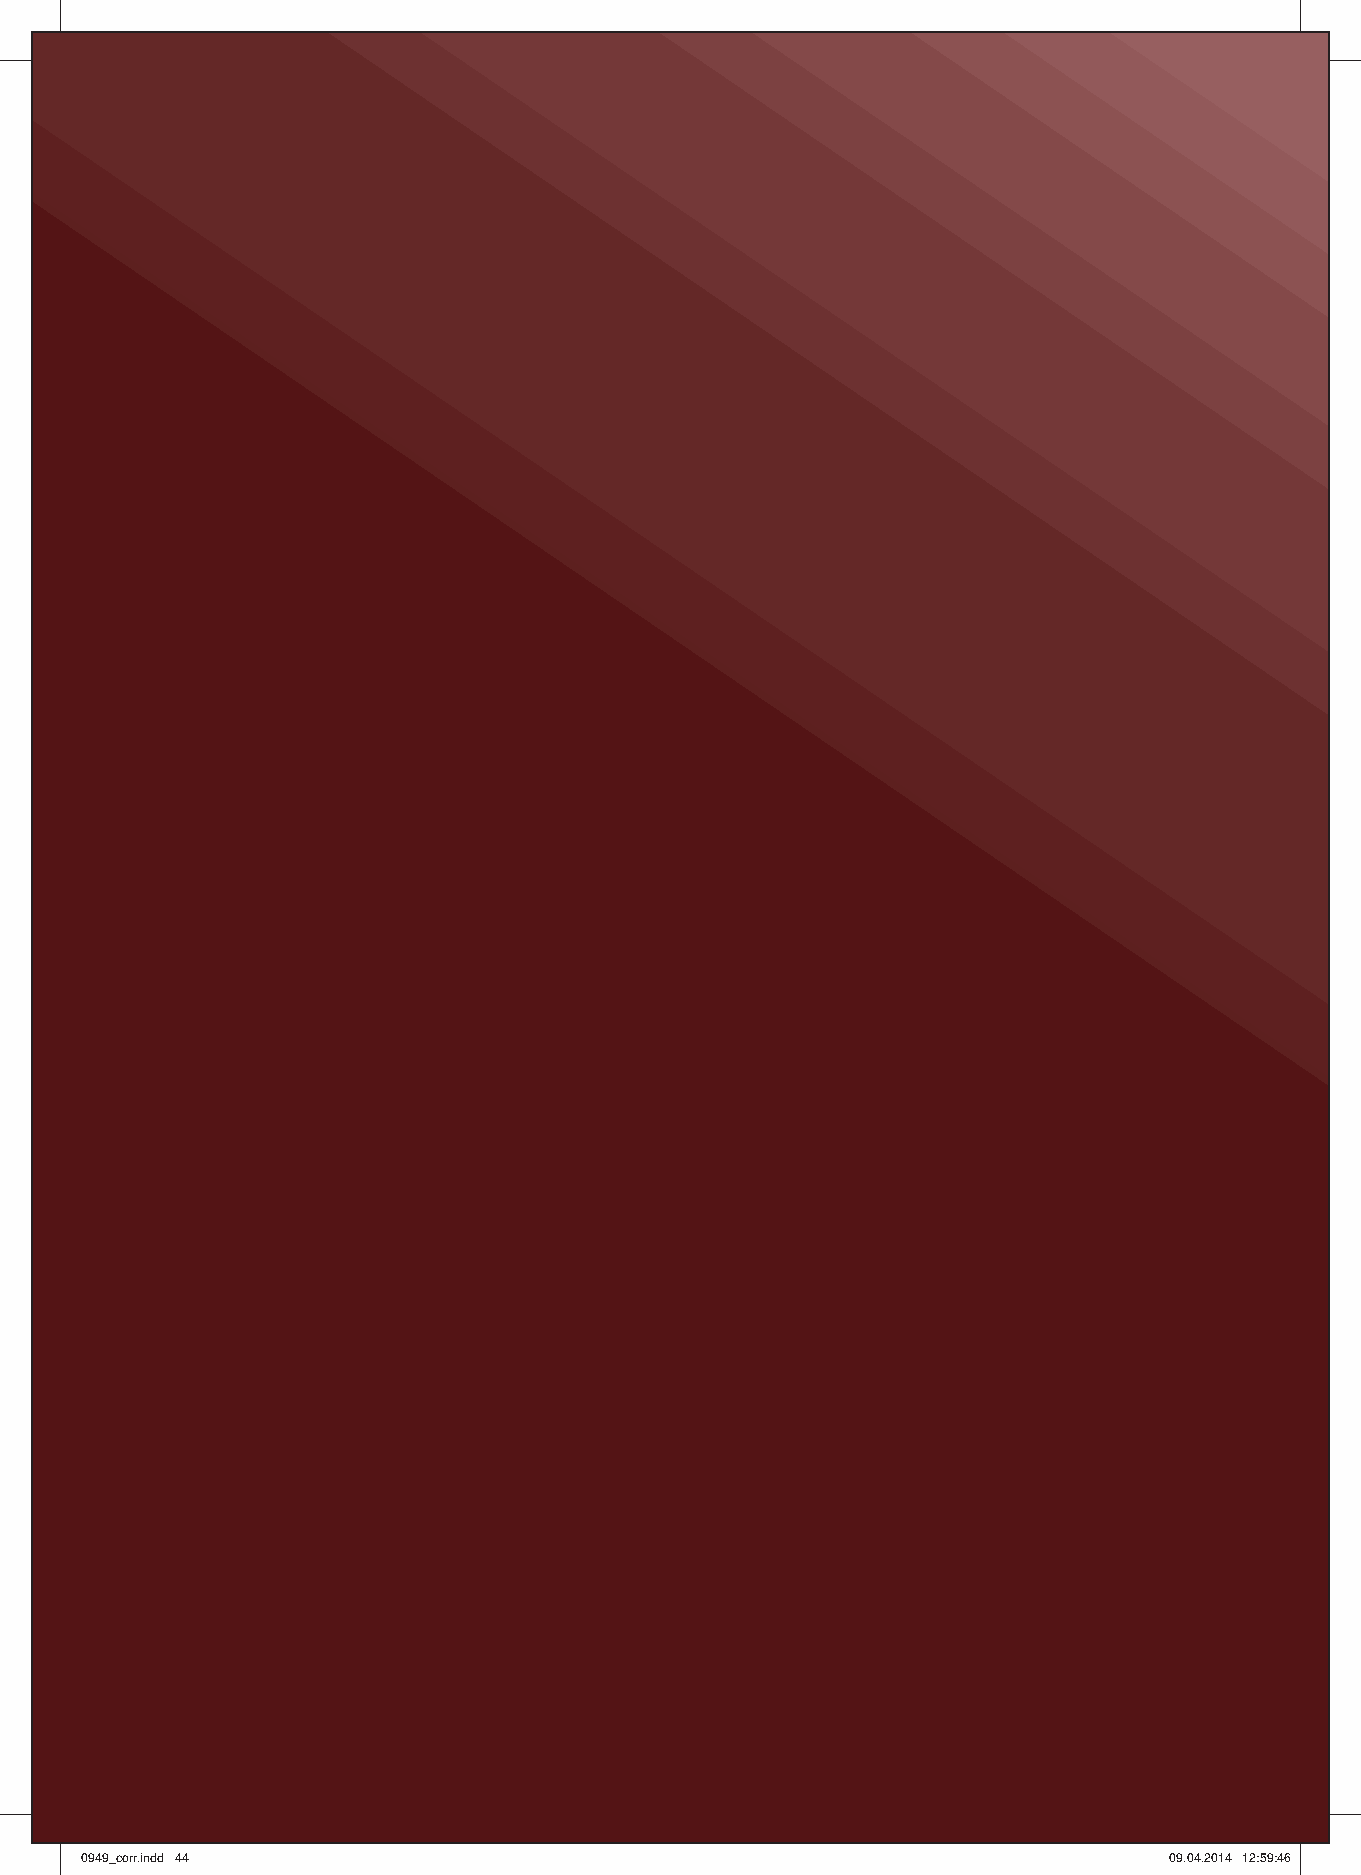
00994499__ccoorrrr..iinndddd 4444                                       0099..0044..22001144 1122::5599::4466